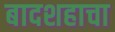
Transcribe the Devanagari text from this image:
बादशहाचा